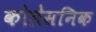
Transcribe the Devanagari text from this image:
कोलेसनिक